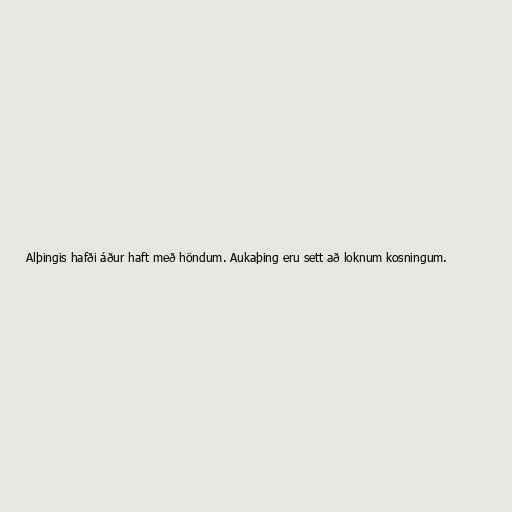
Alþingis hafði áður haft með höndum. Aukaþing eru sett að loknum kosningum.